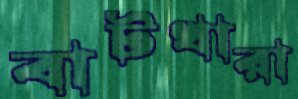
বাটখারা